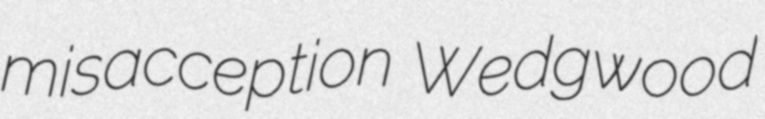
misacception Wedgwood